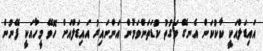
އައިޑަލްއަކީ ކާކުކަން އެނގޭ ވަގުތު ކުޑަތަންވަމުން އަންނައިރު އައިޑަލްއަށް ހޮވޭ މީހާއަކީ ފޭނުން